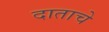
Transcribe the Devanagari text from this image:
दाताचे